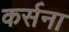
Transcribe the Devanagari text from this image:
कर्सना